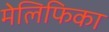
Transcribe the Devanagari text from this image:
मेलिफिका